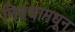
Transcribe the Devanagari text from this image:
निबंधामधून